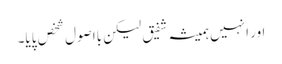
اور انہیں ہمیشہ شفیق لیکن بااصول شخص پایا۔